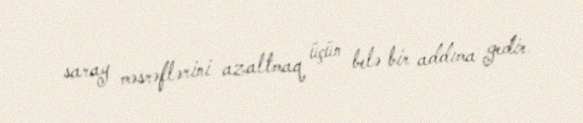
saray məsrəflərini azaltmaq üçün belə bir addıma gedir.